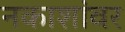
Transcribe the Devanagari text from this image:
नकाशांवर